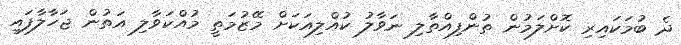
ދެ ބުމަކައިރި ކޮށްލަމުން ތުންފިއްތާލި ނަވާލު ކުއްލިއަކަށް މޭޒުމަތީ މުއްކަވާލި އަތުން ޖަހާލާފައި